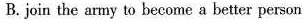
B.join the army to become a better person